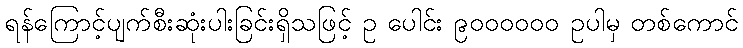
ရန်ကြောင့်ပျက်စီးဆုံးပါးခြင်းရှိသဖြင့် ဥ ပေါင်း ၉၀၀၀၀၀၀ ဥပါမှ တစ်ကောင်